Vaccination North-Western Provinces and Oudh 1878-1895 - 1878-1895
Year: 1878
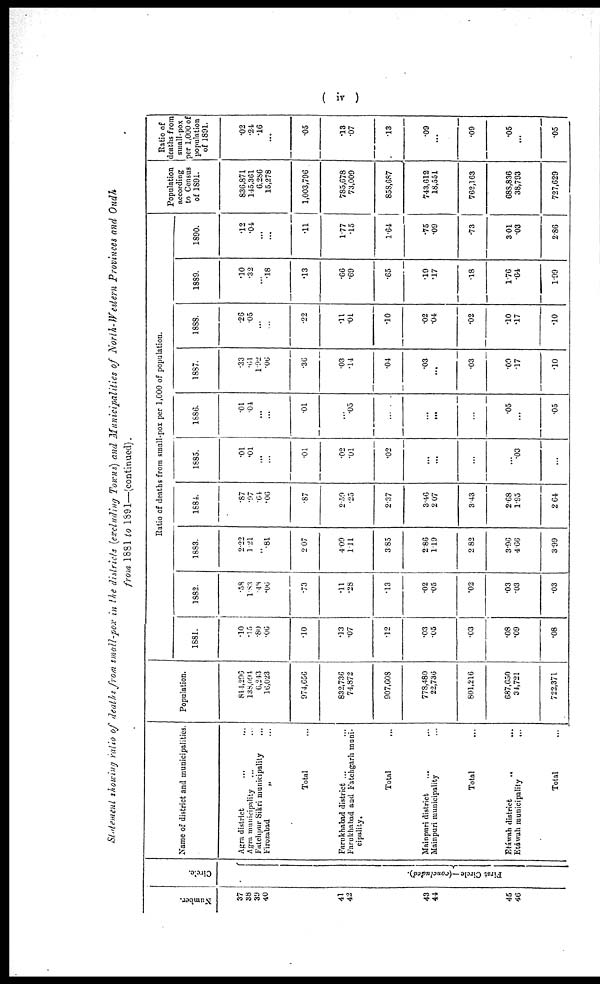
( iv )
Statement showing ratio of Heaths from small-pox in the districts (excluding Towns) and Municipalities of North-Western Provinces and Oudh
from 1881 to 1891—(continued).
Number.
37
38
39
40
41
42
43
41
45
46
Circle.
Fi rst Ci rcl e—(concl uded).
Name of district and municipalities.
Agra district ... ...
Agra municipality ... ...
Fatehpur Sikri municipality ...
Firozabad
„ ...
Total ...
Farukhabad district ... ...
Farukhabad and Fatehgarh muni-
cipality.
Total ...
Mainpuri district ... ...
Mainpuri municipality ... ...
Total ...
Etáwah district
.. ...
Etáwah municipality
...
Total ...
Population.
814,296
138,094
6,243
16,023
974,656
832,736
74,872
907,608
778,480
22,736
801,216
687,650
34,721
722,371
Ratio of deaths from small-pox per 1,000 of population.
1881.
.10
.15
.80
.06
.10
.13
.07
.12
.03
.05
.03
.08
.09
.08
1882.
.58
1.83
.48
.06
.73
.11
.28
.13
.02
.05
.02
.03
.03
.03
1883.
2.22
1.21
...
.81
2.07
4.09
1.11
3.85
2.86
1.19
2.82
3.96
4.66
3.99
1884.
.87
.97
.64
.06
.87
2.50
.25
2.37
3.46
2.07
3.43
2.68
1.95
2.64
1885.
.01
.01
...
...
.01
.02
.01
.02
...
...
...
...
.03
...
1686.
.01
.04
...
...
.01
...
.05
...
...
...
...
.05
...
.05
1887.
.33
.61
1.92
.06
.36
.03
.14
.04
.03
...
.03
.09 .17
.10
1888.
.26
.05
...
...
.22
.11
.01
.10
.02
.04
.02
.10
.17
.10
1889.
.10
.32
...
.18
.13
.66
.69
.65
.19
.17
.18
1.76
.64
1.99
1890.
.12
.04
...
...
.11
1.77
.15
1.64
.75
.09
.73
3.01
.03
2.86
Population
according
to Census
of 1891.
836,871
145,361
6,286
15,278
1,003,796
785,678
73,009
858,687
743,612
18,551
762,163
688,836
38,793
727,629
Ratio of
deaths from
small-pox
per 1,000 of
population
of 1891.
.02
.24
.16
...
.05
.13
.07
.13
.09
...
.09
.05
...
.05